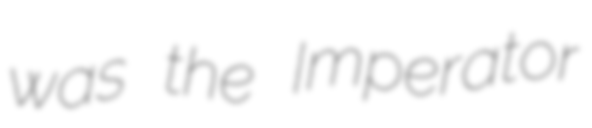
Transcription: was the Imperator